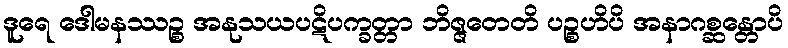
ဒူရေ ဒေါမနဿဉ္စ အနုသယပဋိပက္ခတ္တာ ဘိဇ္ဇတေတိ ပဉ္စဟိပိ အနာဂစ္ဆန္တောပိ